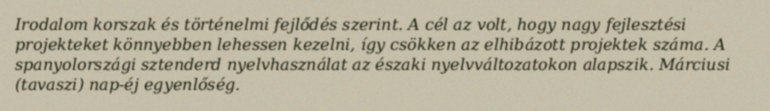
Irodalom korszak és történelmi fejlődés szerint. A cél az volt, hogy nagy fejlesztési projekteket könnyebben lehessen kezelni, így csökken az elhibázott projektek száma. A spanyolországi sztenderd nyelvhasználat az északi nyelvváltozatokon alapszik. Márciusi (tavaszi) nap-éj egyenlőség.